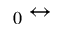
_ 0 \leftrightarrow